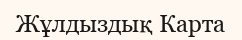
Жұлдыздық Карта